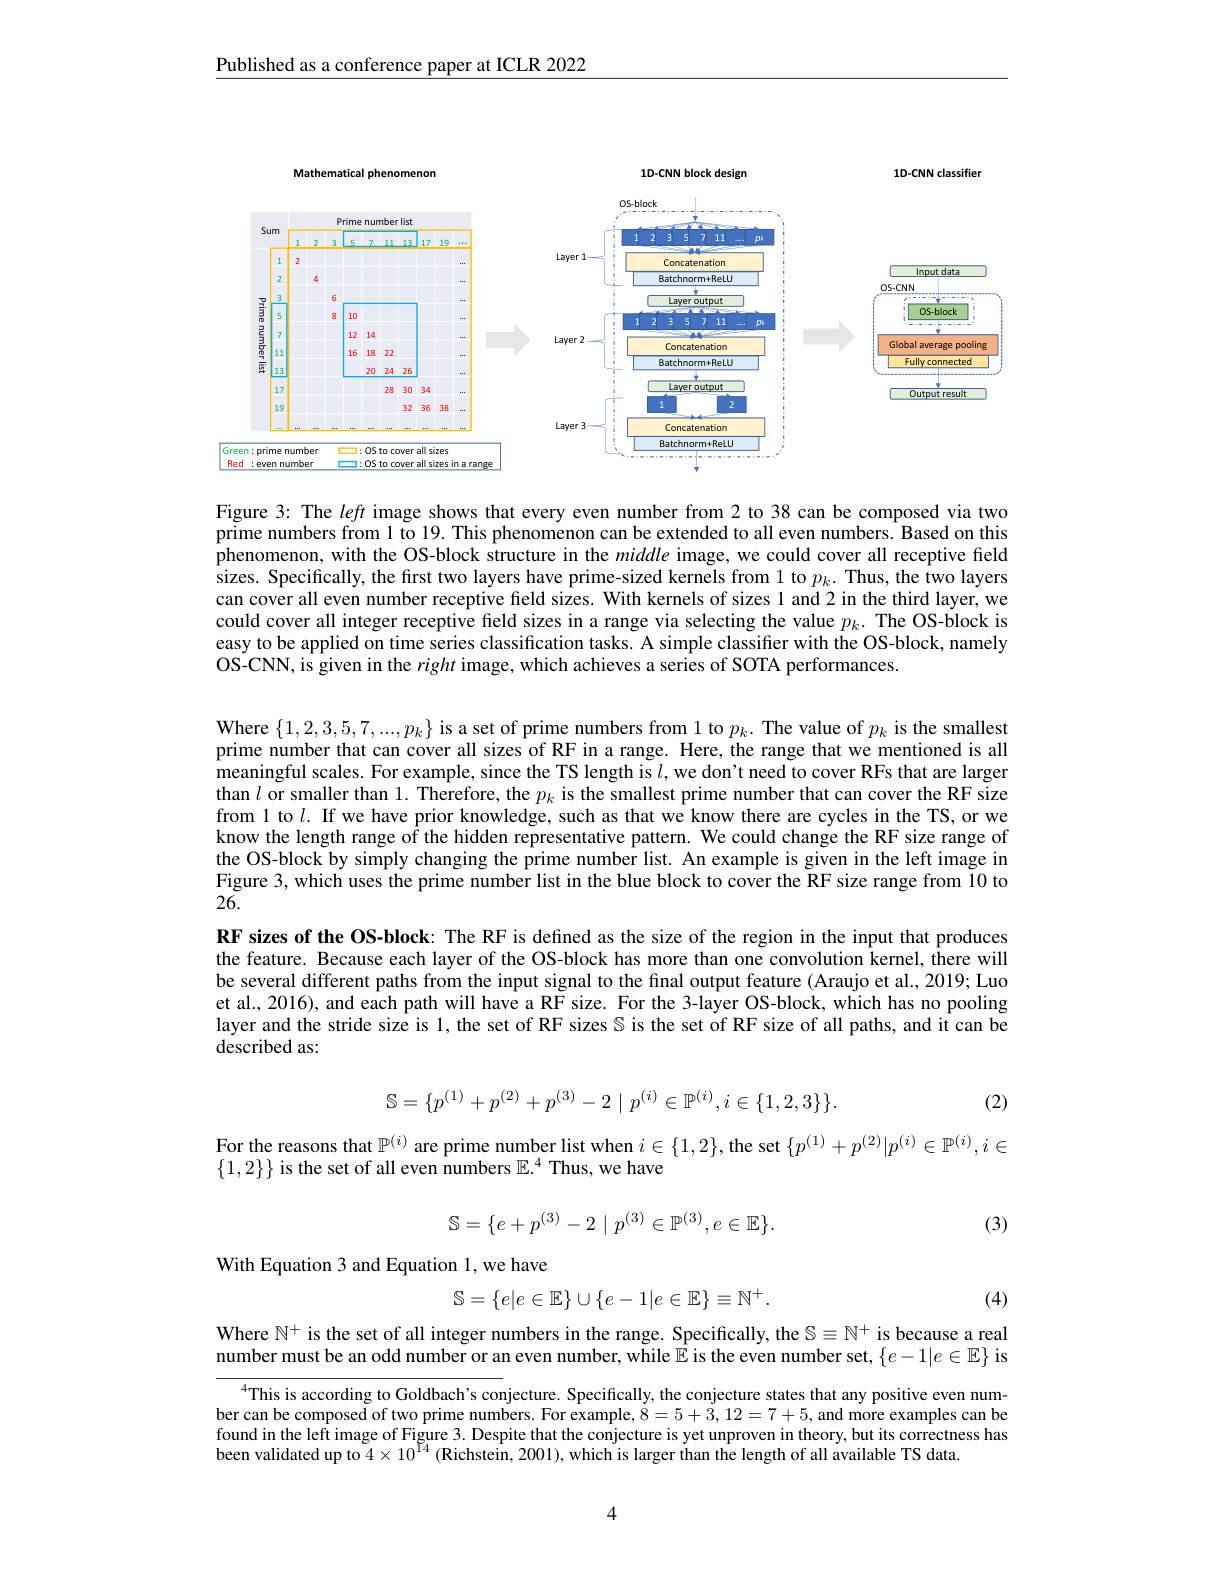
Published as a conference paper at ICLR 2022

<FigureHere>

Figure 3: The left image shows that every even number from 2 to 38 can be composed via two prime numbers from 1 to 19. This phenomenon can be extended to all even numbers. Based on this phenomenon, with the OS-block structure in the middle image, we could cover all receptive field sizes. Specifically, the first two layers have prime-sized kernels from 1 to $p_k.$ Thus, the two layers can cover all even number receptive feld sizes. With kernels of sizes l and 2 in the third layer, we could cover all integer receptive field sizes in a range via selecting the value $p_k.$ The OS-block is easy to be applied on time series classification tasks. A simple classifier with the OS-block, namely OS-CNN, is given in the right image, which achieves a series of SOTA performances

Where $\{1,2,3,5,7,...,p_{k}\}$ is a set of prime numbers from 1 to $p_k.$ The value of $p_k$ is the smallest prime number that can cover all sizes of RF in a range. Here, the range that we mentioned is all meaningful scales. For example, since the TS length is $l$,we don't need to cover RFs that are larger than $l$ or smaller than 1. Therefore, the $p_k$ is the smallest prime number that can cover the RF size from 1 to $l.$ If we have prior knowledge, such as that we know there are cycles in the TS, or we know the length range of the hidden representative pattern. We could change the RF size range of the OS-block by simply changing the prime number list. An example is given in the left image in Figure 3, which uses the prime number list in the blue block to cover the RF size range from 10 to 26.
RF sizes of the OS-block: The RF is defined as the size of the region in the input that produces the feature. Because each layer of the OS-block has more than one convolution kernel, there will be several different paths from the input signal to the final output feature (Araujo et al., 2019; Luo et al., 2016), and each path will have a RF size. For the 3-layer OS-block, which has no pooling layer and the stride size is 1, the set of RF sizes $\mathbb{S}$ is the set of RF size of all paths, and it can be described as:
$$\mathbb{S}=\{p^{(1)}+p^{(2)}+p^{(3)}-2\mid p^{(i)}\in\mathbb{P}^{(i)},i\in\{1,2,3\}\}.$$
(2)

For the reasons that $\mathbb{P}^{(i)}$ are prime number list when $i\in\{1,2\}$, the set $\{p^{(1)}+p^{(2)}|p^{(i)}\in\mathbb{P}^{(i)},i\in$
$\{1,2\}\}$ is the set of all even numbers $\mathbb{E}.^4$ Thus, we have
$$\mathbb{S}=\{e+p^{(3)}-2\mid p^{(3)}\in\mathbb{P}^{(3)},e\in\mathbb{E}\}.$$
(3)

With Equation 3 and Equation 1, we have
$$\mathbb{S}=\{e|e\in\mathbb{E}\}\cup\{e-1|e\in\mathbb{E}\}\equiv\mathbb{N}^{+}.$$
(4)

Where $\mathbb{N}^+$ is the set of all integer numbers in the range. Specifically, the $\mathbb{S}\equiv\mathbb{N}^+$ is because a real number must be an odd number or an even number, while $\hat{\mathbb{E}}$ is the even number set, $\{e-1|e\in\mathbb{E}\}$ is

$^{4}$This is according to Goldbach's conjecture. Specifically, the conjecture states that any positive even number can be composed of two prime numbers. For example, 8=5+3,12=7+5, and more examples can be found in the left image of Figure 3. Despite that the conjecture is yet unproven in theory, but its correctness has been validated up to $4\times10^{\text{P}_{4}}$ (Richstein, 2001), which is larger than the length of all available TS data.

4